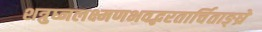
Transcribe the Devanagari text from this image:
शत्रुघ्नलक्ष्मणभवद्भरतार्चिताङ्घ्रे